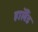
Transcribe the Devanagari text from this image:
हाॅलैंड